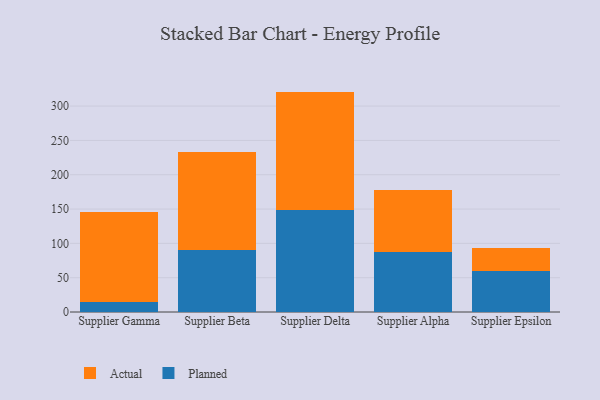
{"axis": {"x": "Supplier", "y": "Churn Rate (%)"}, "legend": ["Actual", "Planned"], "data": [{"x": "Supplier Gamma", "y": 15.0, "type": "Planned"}, {"x": "Supplier Gamma", "y": 131.4, "type": "Actual"}, {"x": "Supplier Beta", "y": 90.9, "type": "Planned"}, {"x": "Supplier Beta", "y": 141.8, "type": "Actual"}, {"x": "Supplier Delta", "y": 148.1, "type": "Planned"}, {"x": "Supplier Delta", "y": 173.0, "type": "Actual"}, {"x": "Supplier Alpha", "y": 87.9, "type": "Planned"}, {"x": "Supplier Alpha", "y": 90.1, "type": "Actual"}, {"x": "Supplier Epsilon", "y": 59.4, "type": "Planned"}, {"x": "Supplier Epsilon", "y": 33.4, "type": "Actual"}]}